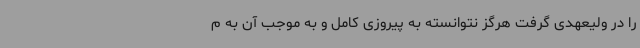
را در ولیعهدی گرفت هرگز نتوانسته به پیروزی کامل و به موجب آن به م